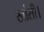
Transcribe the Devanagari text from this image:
खांसी।